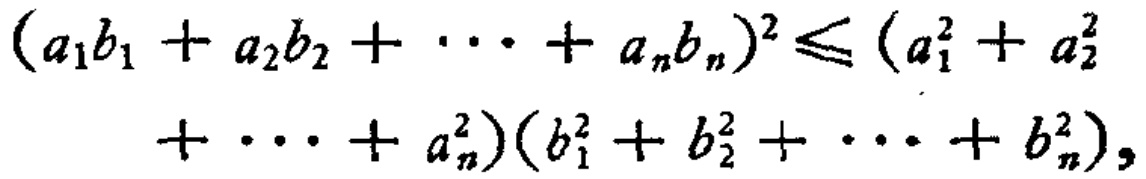
\((a_1b_1 + a_2b_2 + \cdots + a_nb_n)^2 \leq (a_1^2 + a_2^2 + \cdots + a_n^2)(b_1^2 + b_2^2 + \cdots + b_n^2)\)